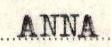
ANNA